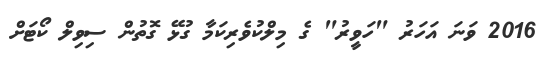
2016 ވަނަ އަހަރު "ހަވީރު" ގެ މިލްކުވެރިކަމާ ގުޅޭ ގޮތުން ސިވިލް ކޯޓަށް